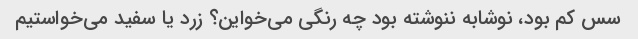
سس کم بود، نوشابه ننوشته بود چه رنگی می‌خواین؟ زرد یا سفید می‌خواستیم